Civil Veterinary Department Bengal reports 1923-33 - 1923-1933
Year: 1923
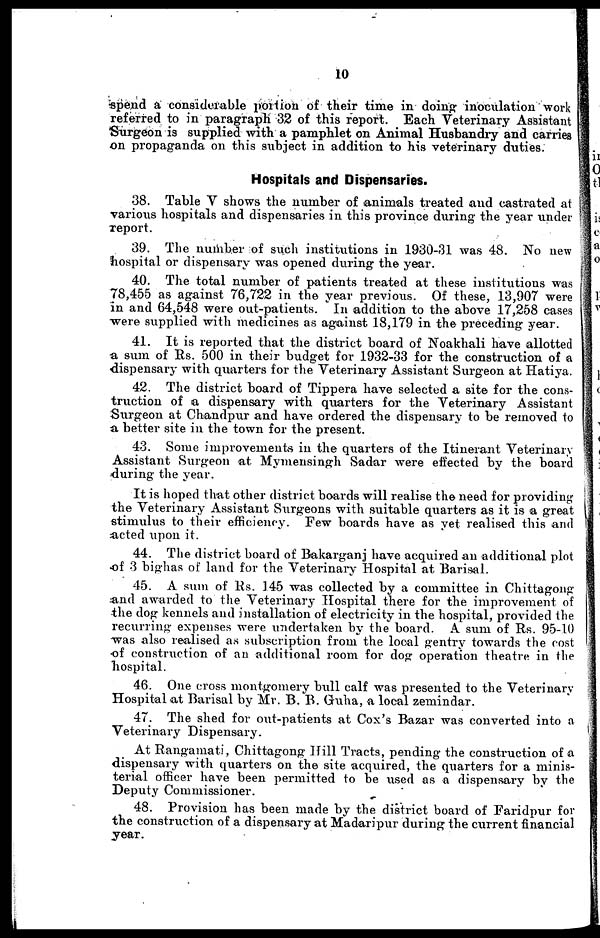
10
spend a considerable portion of their time in doing inoculation work
referred to in paragraph 32 of this report. Each Veterinary Assistant
Surgeon is supplied with a pamphlet on Animal Husbandly and carries
on propaganda on this subject in addition to his veterinary duties.
Hospitals and Dispensaries.
38. Table V shows the number of animals treated and castrated at
various hospitals and dispensaries in this province during the year under
report.
39. The number of such institutions in 1930-31 was 48. No new
hospital or dispensary was opened during the year.
40. The total number of patients treated at these institutions was
78,455 as against 76,722 in the year previous. Of these, 13,907 were
in and 64,548 were out-patients. In addition to the above 17,258 cases
were supplied with medicines as against 18,179 in the preceding year.
41. It is reported that the district board of Noakhali have allotted
a sum of Rs. 500 in their budget for 1932-33 for the construction of a
dispensary with quarters for the Veterinary Assistant Surgeon at Hatiya.
42. The district board of Tippera have selected a site for the cons-
truction of a dispensary with quarters for the Veterinary Assistant
Surgeon at Chandpur and have ordered the dispensary to be removed to
a better site in the town for the present.
43. Some improvements in the quarters of the Itinerant Veterinary
Assistant Surgeon at Mymensingh Sadar were effected by the board
during the year.
It is hoped that other district boards will realise the need for providing
the Veterinary Assistant Surgeons with suitable quarters as it is a great
stimulus to their efficiency. Few boards have as yet realised this and
acted upon it.
44. The district board of Bakarganj have acquired an additional plot
of 3 bighas of land for the Veterinary Hospital at Barisal.
45. A sum of Rs. 145 was collected by a committee in Chittagong
and awarded to the Veterinary Hospital there for the improvement of
the dog kennels and installation of electricity in the hospital, provided the
recurring expenses were undertaken by the board. A sum of Rs. 95-10
was also realised as subscription from the local gentry towards the cost
of construction of an additional room for dog operation theatre in the
hospital.
46. One cross montgomery bull calf was presented to the Veterinary
Hospital at Barisal by Mr. B. B. Guha, a local zemindar.
47. The shed for out-patients at Cox's Bazar was converted into a
Veterinary Dispensary.
At Rangamati, Chittagong Hill Tracts, pending the construction of a
dispensary with quarters on the site acquired, the quarters for a minis-
terial officer have been permitted to be used as a dispensary by the
Deputy Commissioner.
48. Provision has been made by the district board of Faridpur for
the construction of a dispensary at Madaripur during the current financial
year.